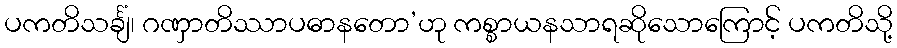
ပကတိသင်္ချံ၊ ဂဏှာတိဿာပဓာနတော’ဟု ကစ္စာယနသာရဆိုသောကြောင့် ပကတိသို့